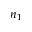
n _ { 1 }